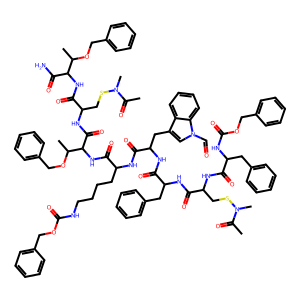
SMILES: CC(=O)N(C)SCC(NC(=O)C(Cc1ccccc1)NC(=O)OCc1ccccc1)C(=O)NC(Cc1ccccc1)C(=O)NC(Cc1cn(C=O)c2ccccc12)C(=O)NC(CCCCNC(=O)OCc1ccccc1)C(=O)NC(C(=O)NC(CSN(C)C(C)=O)C(=O)NC(C(N)=O)C(C)OCc1ccccc1)C(C)OCc1ccccc1
Inhibits HIV replication: No